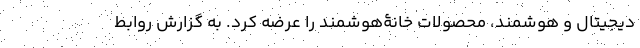
دیجیتال و هوشمند، محصولات خانۀ‌هوشمند را عرضه کرد. به گزارش روابط